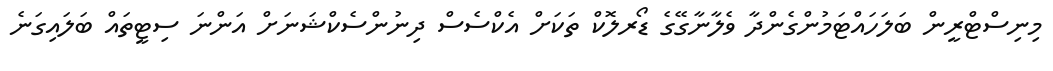
މިނިސްޓްރީން ބަލަހައްޓަމުންގެންދާ ވެލާނާގޭގެ ޑޯރލޮކް ތަކަށް އެކްސެސް ދިނުންސެކްޝަނަށް އަންނަ ސިޓީތައް ބަލައިގަނެ